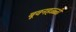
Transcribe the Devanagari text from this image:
बूवनहळ्ळी